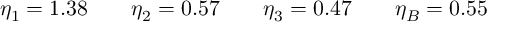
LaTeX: \eta _ { 1 } = 1 . 3 8 \qquad \eta _ { 2 } = 0 . 5 7 \qquad \eta _ { 3 } = 0 . 4 7 \qquad \eta _ { B } = 0 . 5 5